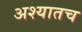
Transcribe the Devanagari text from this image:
अश्यातच